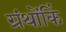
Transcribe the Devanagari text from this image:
ग्रंथोंकिं